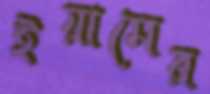
ইয়ামের